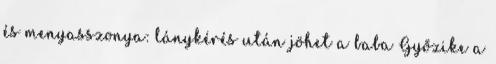
és menyasszonya: lánykérés után jöhet a baba Győzike a